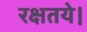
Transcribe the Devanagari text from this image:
रक्षतये।